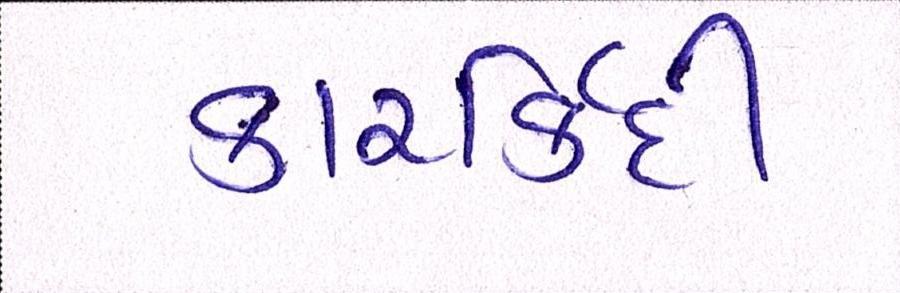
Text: કારર્કિદી